Annual administration report of the Civil Veterinary Department of India - 1893-1894
Year: 1893
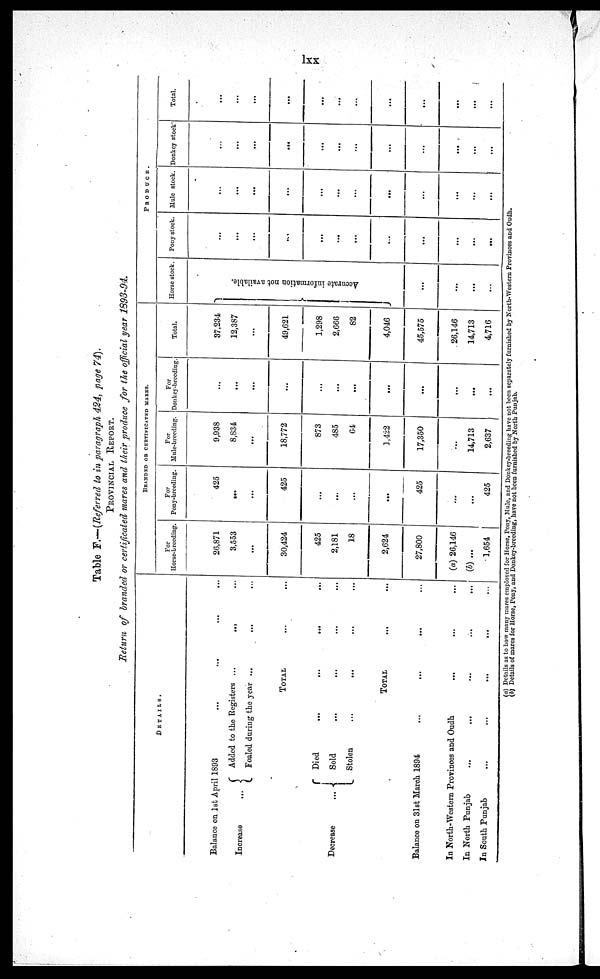
lxx
Tabl e F. —( Ref erred to in paragraph 424, page 74).
PROVINCIAL REPORT.
Return of branded or certificated mares and their produce for the official year 1893-
DETAILS.
Bal ance on 1st Apri l 1893 ... ... ... ...
Increase ... Added t o t he Regi st ers ... ... ...
Foal ed duri ng t he year ...
... ...
TOTAL ... ...
Decr ease ...
Di ed ... ... ... ...
Sol d ... ... ... ...
St ol en ... ... ... ...
TOTAL... ...
Bal ance on 31st Mar ch 1894 ... ... ... ...
In Nor t h- West er n Pr ovi nces and Oudh ... ... ...
In Nor t h Punj ab ... ... ... ... ...
In Sout h Punj ab ... ... ... ... ...
BRANDED OR CERTIFICATED MARES.
For
Hor se- br eedi ng.
26, 871
3, 553
...
30, 424
425
2, 181
18
2, 624
27, 800
(a) 26, 146
(b) ...
1, 654
For
Pony- br eedi ng.
425
...
...
425
...
...
...
...
425
... ...
...
425
For
Mul e- br eedi ng.
9, 938
8, 834
...
18, 772
873
485
64
1, 422
17, 350
...
14, 713
2, 637
For
Donkey- br eedi ng
...
...
...
...
...
...
...
...
...
...
...
...
Tot al .
37, 234
12, 387
...
49, 621
1, 298
2, 666
82
4, 046
45, 575
26, 146
14, 713
4, 716
PRODUCE.
Hor s e st ock.
Accurate information not available.
...
...
...
...
Pony st ock.
...
...
...
...
...
...
...
...
...
...
...
...
Mul e st ock.
...
...
...
...
...
...
...
...
...
...
...
...
Donkey st ock
...
...
...
...
...
...
...
...
...
...
...
...
Tot al .
...
...
...
...
...
...
...
...
...
...
...
...
(a) Det ai l s as t o how ma ny mar es empl oyed f or Hor se, Pony, Mul e, and Donkey- br eedi ng have not been separ at el y f ur ni shed by Nor t
h- Wes t
er n Pr ovi nces and Oudh.
( b) Det ai l s of mar es f or Hor se, Pony, and Donkey- br eedi ng, have not been f ur ni shed by Nor t
h Punj ab.